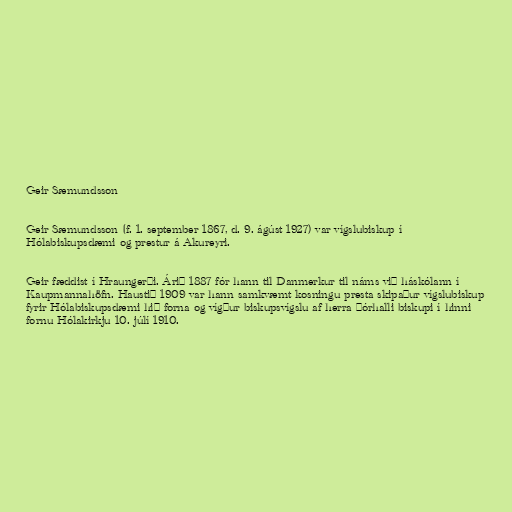
Geir Sæmundsson

Geir Sæmundsson (f. 1. september 1867, d. 9. ágúst 1927) var vígslubiskup í
Hólabiskupsdæmi og prestur á Akureyri.

Geir fæddist í Hraungerði. Árið 1887 fór hann til Danmerkur til náms við háskólann í
Kaupmannahöfn. Haustið 1909 var hann samkvæmt kosningu presta skipaður vígslubiskup
fyrir Hólabiskupsdæmi hið forna og vígður biskupsvígslu af herra Þórhalli biskupi í hinni
fornu Hólakirkju 10. júlí 1910.